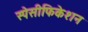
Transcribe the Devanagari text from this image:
स्पेसीफिकेशन